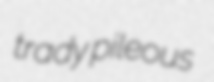
trady pileous